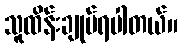
သူထိန်းချုပ်ရပါတယ်။